Scottish Certificate of Education, 1963
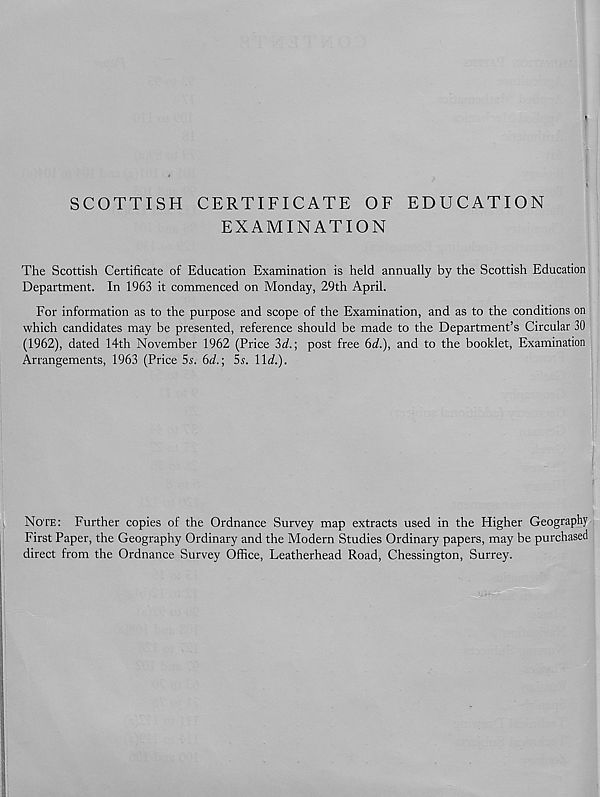
SCOTTISH CERTIFICATE OF EDUCATION
EXAMINATION
The Scottish Certificate of Education Examination is held annually by the Scottish Education
Department. In 1963 it commenced on Monday, 29th April.
For information as to the purpose and scope of the Examination, and as to the conditions on
which candidates may be presented, reference should be made to the Department’s Circular 30
(1962), dated 14th November 1962 (Price 3d.; post free 6d.), and to the booklet, Examination
Arrangements, 1963 (Price 5s. 6d.; 5s. lid.).
NOTE: Further copies of the Ordnance Survey map extracts used in the Higher Geography
First Paper, the Geography Ordinary and the Modern Studies Ordinary papers, may be purchased
direct from the Ordnance Survey Office, Leatherhead Road, Chessington, Surrey.